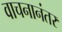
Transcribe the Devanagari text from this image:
वाचनानंतर